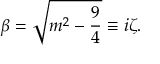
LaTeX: \beta = \sqrt { m ^ { 2 } - \frac { 9 } { 4 } } \equiv i \zeta .